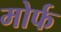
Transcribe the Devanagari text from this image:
मोर्फ